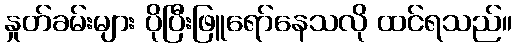
နှုတ်ခမ်းများ ပိုပြီးဖြူရော်နေသလို ထင်ရသည်။